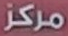
مركز